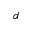
d